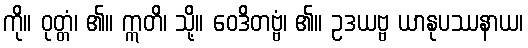
ကို။ ဝုတ္တံ၊ ၏။ ဣတိ၊ သို့။ ဝေဒိတဗ္ဗံ၊ ၏။ ဥဒယဗ္ဗ ယာနုပဿနာယ၊